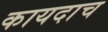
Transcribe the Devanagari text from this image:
कायदाच